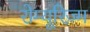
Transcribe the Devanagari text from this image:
रोम्यूरिज़्म